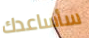
سأساعدك